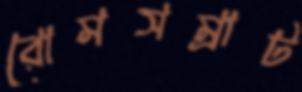
রোমসম্রাট